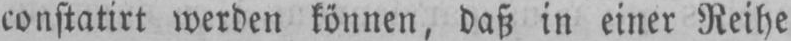
constatirt werden können, daß in einer Reihe